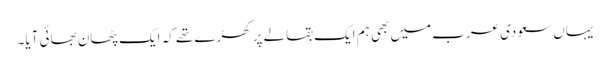
یہاں سعودی عرب میں بھی ہم ایک بقالے پر کھڑے تھے کہ ایک پٹھان بھائی آیا۔